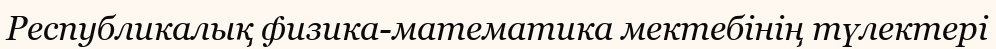
Республикалық физика-математика мектебінің түлектері